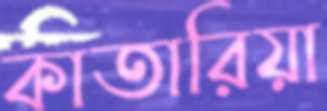
কাতারিয়া